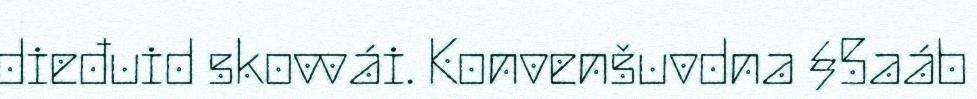
dieđuid skovvái. Konvenšuvdna §5aáb